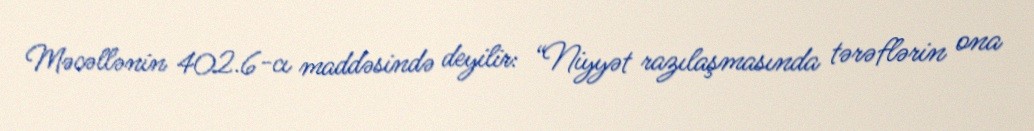
Məcəllənin 402.6-cı maddəsində deyilir: “Niyyət razılaşmasında tərəflərin ona